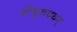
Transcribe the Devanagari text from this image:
शोशुचदघम्